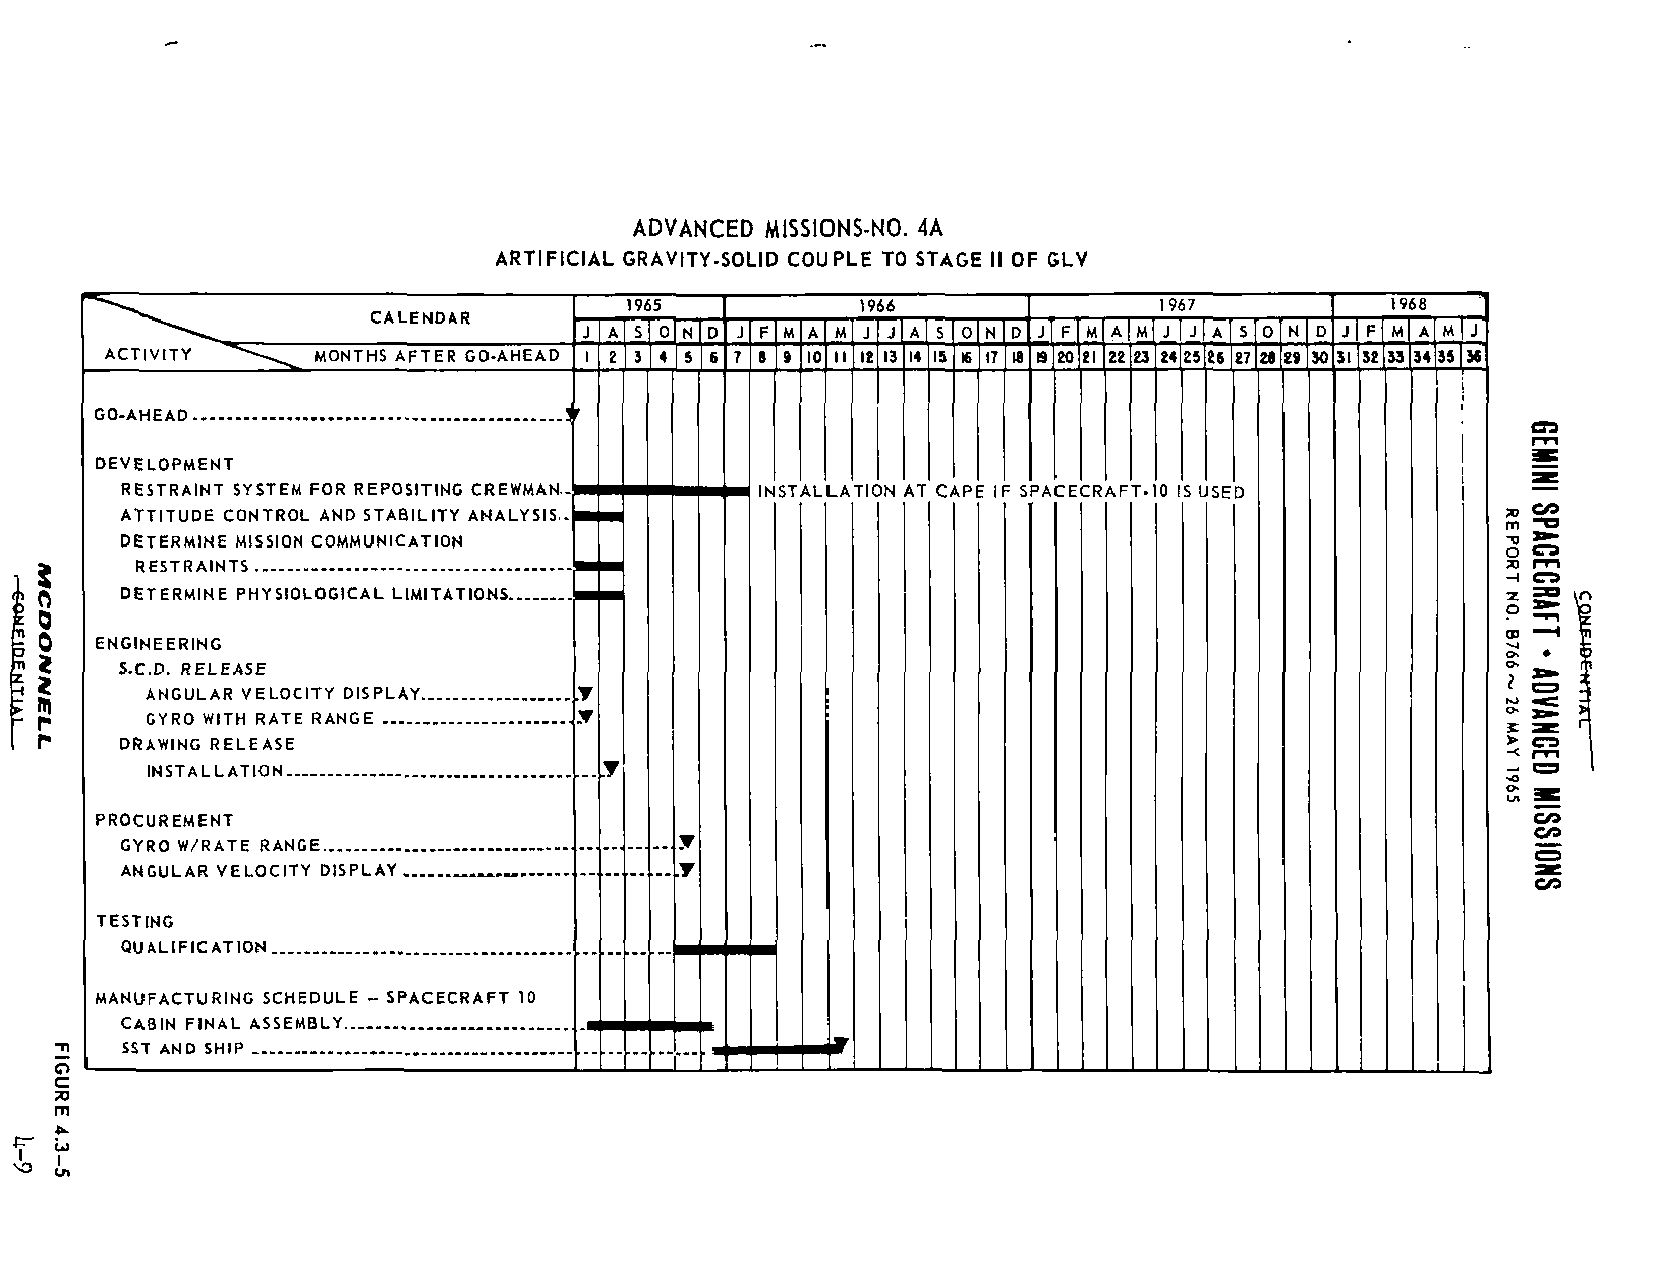
ADVANCED MISSIONS-NO. 4A
 ARTIFICIAL GRAVITY-SOLID COUPLE TO STAGE II OF GLV
 1965            1966                1967
 CALENDAR
 J A s oIN D J F M      so     J F          SO
 ACTIVITY      MONTHS AFTER GO-AHEAD 3 4 5 6 8 I 9 10 12 IJ IS 16 17 19 20 21 22 23 24 25 26 27 281
 GO-AHEAD.
 DEVELOPMENT
 RESTRAINT SYSTEM FOR REPOSITING CREWMAN-  INSTALLATION AT CAPE IF SPACECRAFT-10 IS USED
 ATTITUDE CONTROL AND STABILITY ANALYSIS..
 DETERMINE MISSION COMMUNICATION
 l\      RESTRAINTS
 DETERMINE PHYSIOLOGICAL LIMITATIONS
 0  ENGINEERING
 S.C.D. RELEASE
 m       ANGULAR VELOCITY DISPLAY.
 r       GYRO WITH RATE RANGE
 r
 DRAWING RELEASE
 INSTALLATION
 PROCUREMENT
 GYRO W/RATE RANGE
 ANGULAR VELOCITY DISPLAY
 TESTING
 QUALIFICATION
 MANUFACTURING SCHEDULE - SPACECRAFT 10
 CABIN FINAL ASSEMBLY
 SST AND SHIP
 o
 c
 rn
 r r